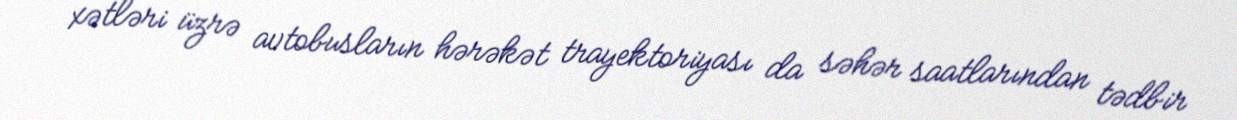
xətləri üzrə avtobusların hərəkət trayektoriyası da səhər saatlarından tədbir